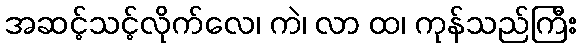
အဆင့်သင့်လိုက်လေ၊ ကဲ၊ လာ ထ၊ ကုန်သည်ကြီး